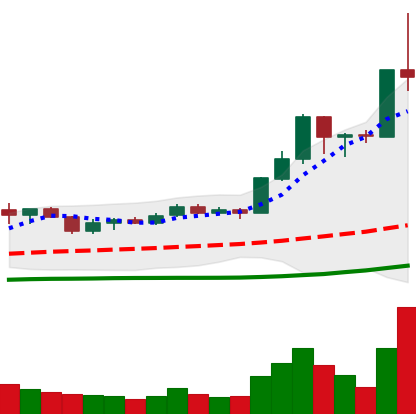
Ticker: LINK-USD
Chart end date: 2020-07-13
Forward return: 10.818%
Label: up_7plus